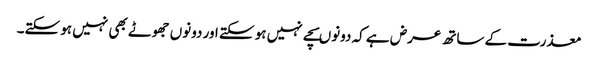
معذرت کے ساتھ عرض ہے کہ دونوںسچے نہیں ہو سکتے اور دونوں جھوٹے بھی نہیں ہو سکتے۔